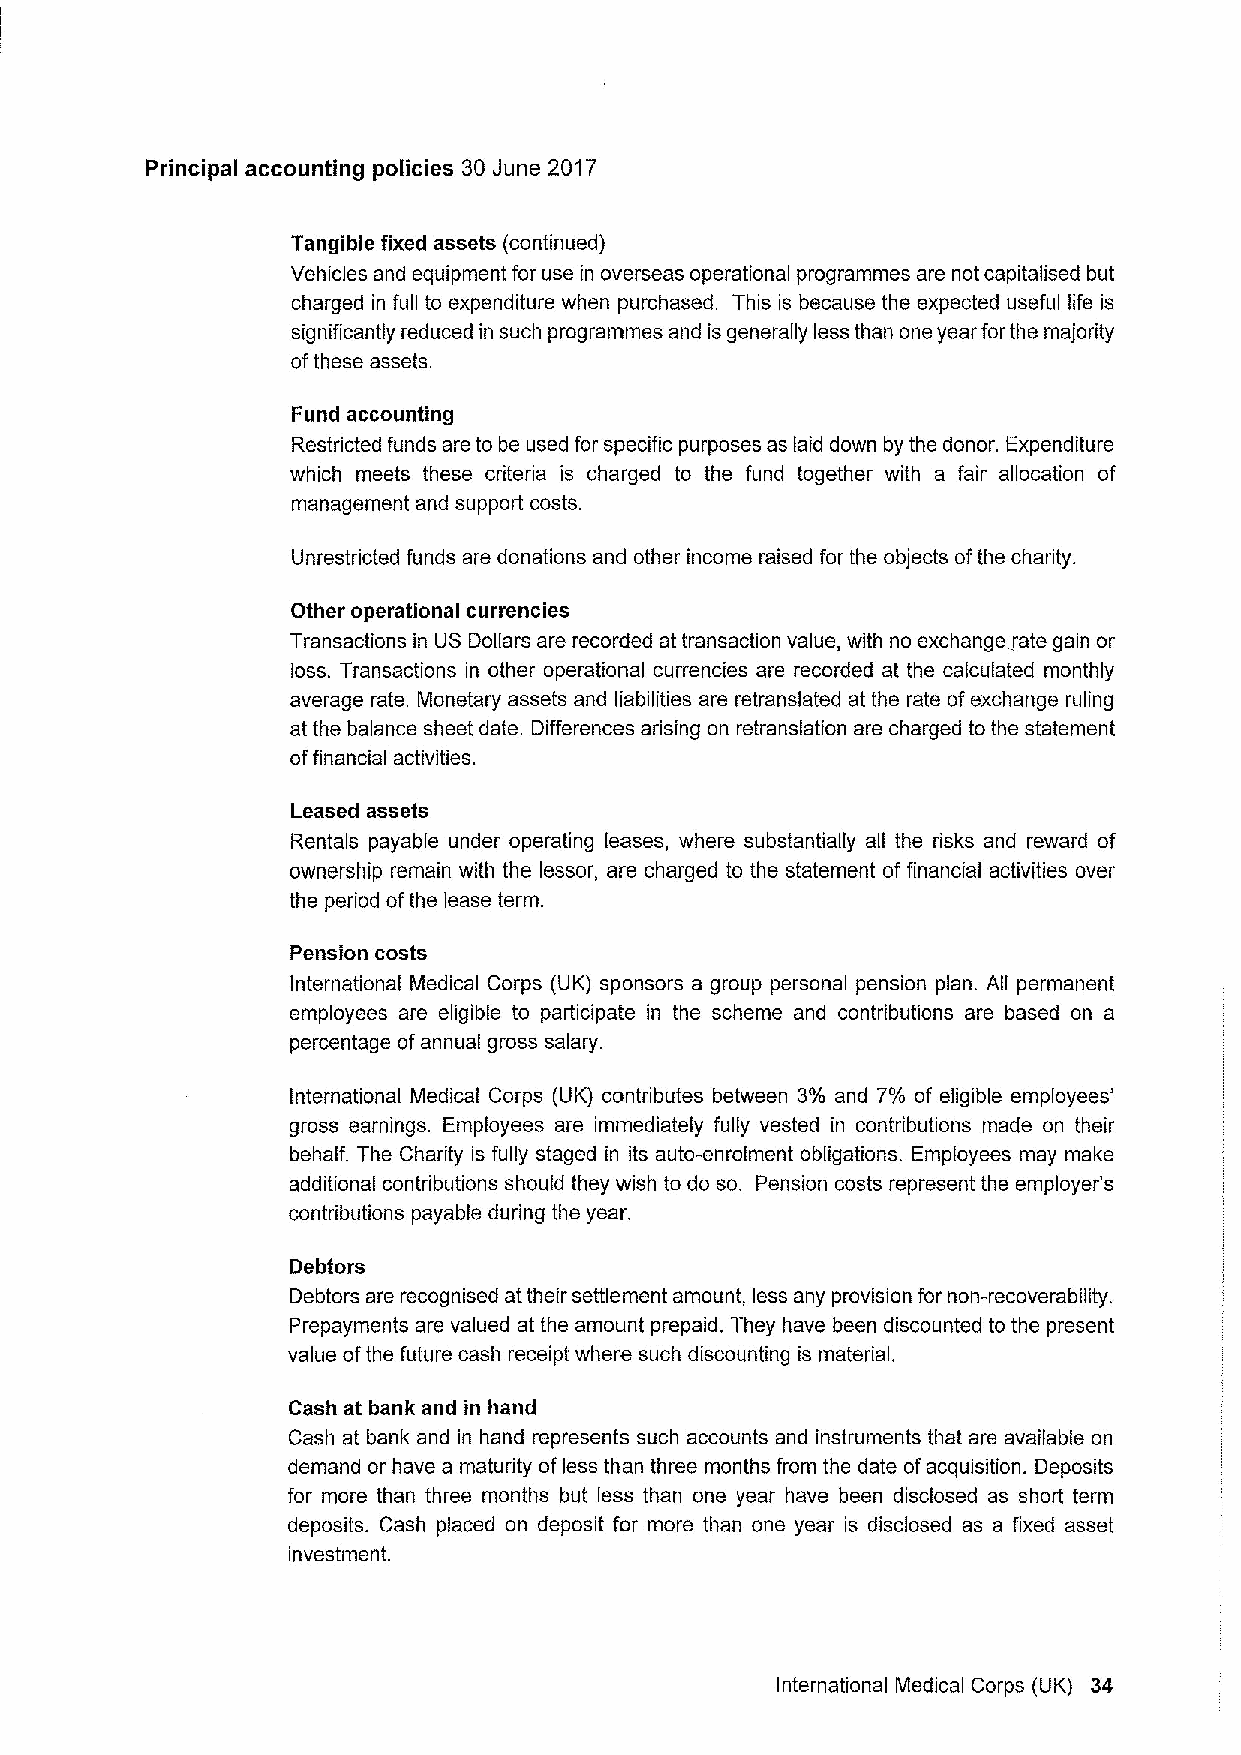
Principal accounting policies 30 June 2017
 Tangible fixed assets (continued)
 Vehicles and equipment for use in overseas operational programmes are not capitalised but
 charged in full to expenditure when purchased. This is because the expected useful life is
 significantly reduced in such programmes and is generally less than one year forthe majority
 ofthese assets.
 Fund accounting
 Restricted funds are to be used for specific purposes as laid down by the donor. Expenditure
 which meets these criteria is charged to the fund together with a fair allocation of
 management and support costs.
 Unrestricted funds are donations and other income raised for the objects ofthe charity.
 Other operational currencies
 Transactions in US Dollars are recorded at transaction value, with no exchange rate gain or
 loss. Transactions in other operational currencies are recorded at the calculated monthly
 average rate. Monetary assets and liabilities are retranslated at the rate ofexchange ruling
 at the balance sheet date. Differences arising on retranslation are charged to the statement
 offinancial activities.
 Leased assets
 Rentals payable under operating leases, where substantially all the risks and reward of
 ownership remain with the lessor, are charged to the statement of financial activities over
 the period ofthe lease term.
 Pension costs
 International Medical Corps (UK) sponsors a group personal pension plan. All permanent
 employees are eligible to participate in the scheme and contributions are based on a
 percentage ofannual gross salary.
 International Medical Corps (UK) contributes between 3% and 7% of eligible employees'
 gross earnings. Employees are immediately fully vested in contributions made on their
 behalf. The Charity is fully staged in its auto-enrolment obligations. Employees may make
 additional contributions should they wish to do so. Pension costs represent the employer's
 contributions payable during the year.
 Debtors
 Debtors are recognised at their settlement amount, less any provision for non-recoverability.
 Prepayments are valued at the amount prepaid. They have been discounted to the present
 value ofthe future cash receipt where such discounting is material.
 Cash at bank and in hand
 Cash at bank and in hand represents such accounts and instruments that are available on
 demand or have a maturity ofless than three months from the date ofacquisition. Deposits
 for more than three months but less than one year have been disclosed as short term
 deposits. Cash placed on deposit for more than one year is disclosed as a fixed asset
 investment.
 International Medical Corps (UK) 34